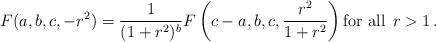
LaTeX: \begin{align*}F(a,b,c, -r^2)=\frac 1{(1+r^2)^b}F\left(c-a, b, c, \frac{r^2}{1+r^2}\right)\textrm{for all}\,\;r>1\,.\end{align*}